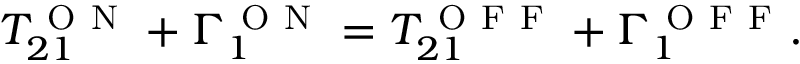
T _ { 2 1 } ^ { \mathrm { ~ O ~ N ~ } } + \Gamma _ { 1 } ^ { \mathrm { ~ O ~ N ~ } } = T _ { 2 1 } ^ { \mathrm { ~ O ~ F ~ F ~ } } + \Gamma _ { 1 } ^ { \mathrm { ~ O ~ F ~ F ~ } } .